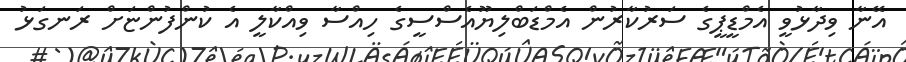
އޭނާ ވިދާޅުވީ އެމްޑީޕީގެ ސަރުކާރުން އެމްޑަބްލިޔޫއެސްސީގެ ހިއްސާ ވިއްކާލީ އެ ކުންފުންޏަށް ރަނގަޅު